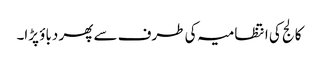
کالج کی انتظامیہ کی طرف سے پھر دباؤ پڑا۔